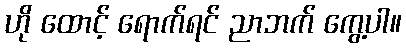
ဟို ထောင့် ရောက်ရင် ညာဘက် ကွေ့ပါ။